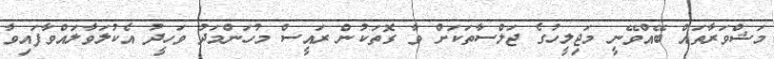
މަޝްވަރާތައް ބޭއްވޭނީ މަޖިލީހުގެ ޖަލްސާތަކަށް ވާ ގޮތަކުން ރައީސް މުހަންމަދު ވަހީދު އެކުލަވާލައްވާފައިވާ